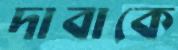
দাবাকে